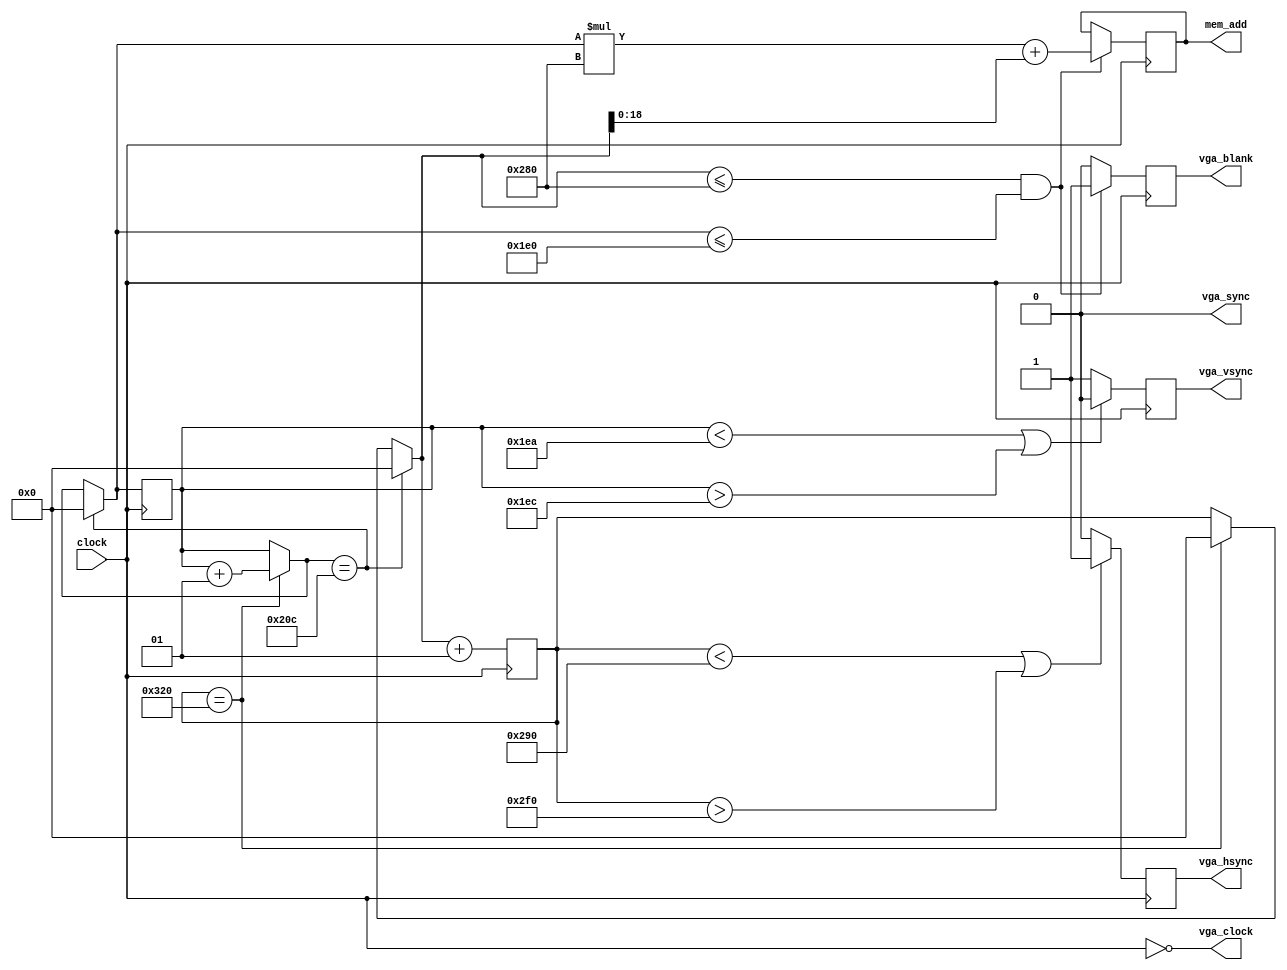
module vga_control (
	input wire clock,
	
	output reg [18:0]mem_add,
	output reg vga_hsync,
	output reg vga_vsync,
	output vga_sync,
	output reg vga_blank,
	output vga_clock);
	
	//assign vga_blank = 1; //blanking off
	assign vga_sync = 0; //sync on green off
	assign vga_clock = ~clock;
	
	parameter hres 	= 640;
	parameter hsync	= 96;
	parameter hfront	= 16;
	parameter hback 	= 48;
	parameter htotal	= hfront+hsync+hback+hres;
	
	parameter vres = 480;
	parameter vsync = 2;
	parameter vfront = 10;
	parameter vback = 33;
	parameter vtotal	= vfront+vsync+vback+vres;
	
	integer hcount, vcount;
	
	initial begin
		hcount = 0;
		vcount = 0;
	end
	
	always @(posedge clock) begin
	
		if ((hcount < (hres + hfront)) || (hcount > (hres + hfront + hsync))) vga_hsync <= 1'b1; //sets hsync
		else vga_hsync <= 1'b0;
	
		if ((vcount < (vres + vfront)) || (vcount > (vres + vfront + vsync))) vga_vsync <= 1'b0; //sets hsync
		else vga_vsync <= 1'b1;
	
		if (hcount == htotal) begin //increments vcount
			hcount = 0;
			vcount = vcount + 1;
		end
		
		if (vcount == vtotal -1) begin //starts the process over
			hcount = 0;
			vcount = 0;
		end
		
		if ((hcount <= hres) && (vcount <= vres)) begin //set memory address, and vblank
			mem_add <= ((vcount * hres) + hcount);
			vga_blank <= 1'b1;
		end
		else vga_blank <=1'b0;
		
		hcount = hcount + 1; //increment hcount
	end
	
endmodule